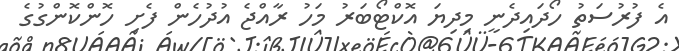
އެ ފުރުސަތު ހޯދައިދެނީ މިދިޔަ އޮކްޓޯބަރު މަހު ރާއްޖެ އުދުހެން ފެށި ހޮންކޮންގުގެ